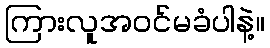
ကြားလူအဝင်မခံပါနဲ့။